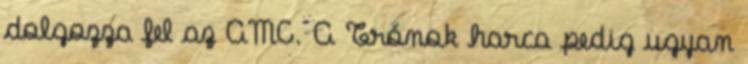
dolgozza fel az AMC. A Trónok harca pedig ugyan